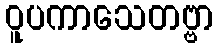
ဝူပကာသေတဗ္ဗာ